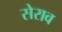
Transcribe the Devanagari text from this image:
सेराव